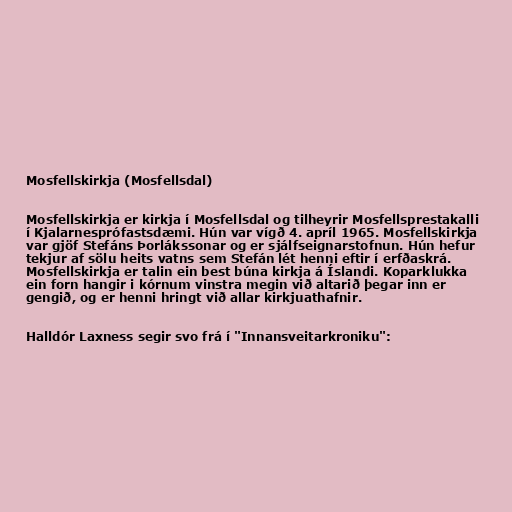
Mosfellskirkja (Mosfellsdal)

Mosfellskirkja er kirkja í Mosfellsdal og tilheyrir Mosfellsprestakalli
í Kjalarnesprófastsdæmi. Hún var vígð 4. apríl 1965. Mosfellskirkja
var gjöf Stefáns Þorlákssonar og er sjálfseignarstofnun. Hún hefur
tekjur af sölu heits vatns sem Stefán lét henni eftir í erfðaskrá.
Mosfellskirkja er talin ein best búna kirkja á Íslandi. Koparklukka
ein forn hangir i kórnum vinstra megin við altarið þegar inn er
gengið, og er henni hringt við allar kirkjuathafnir.

Halldór Laxness segir svo frá í "Innansveitarkroniku":